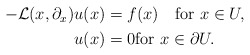
\begin{align*} \begin{aligned} -{\mathcal L}(x,\partial_x)u(x)&=f(x) \quad\hbox{for}\ x\in U, \\ u(x)&=0 \hbox{for}\ x\in\partial U. \end{aligned} \end{align*}